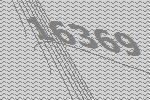
16369